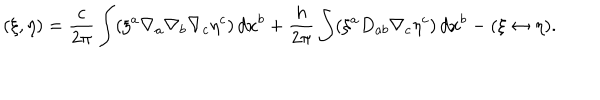
( \xi , \eta ) = \frac { c } { 2 \pi } \int ( \xi ^ { a } \nabla _ { a } \nabla _ { b } \nabla _ { c } \eta ^ { c } ) \, d x ^ { b } + \frac { h } { 2 \pi } \int ( \xi ^ { a } D _ { a b } \nabla _ { c } \eta ^ { c } ) \, d x ^ { b } - ( \xi \leftrightarrow \eta ) .